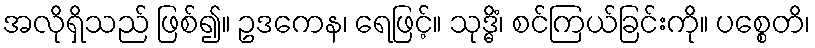
အလိုရှိသည် ဖြစ်၍။ ဥဒကေန၊ ရေဖြင့်။ သုဒ္ဓိံ၊ စင်ကြယ်ခြင်းကို။ ပစ္စေတိ၊